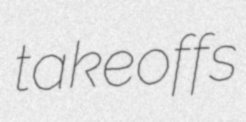
takeoffs